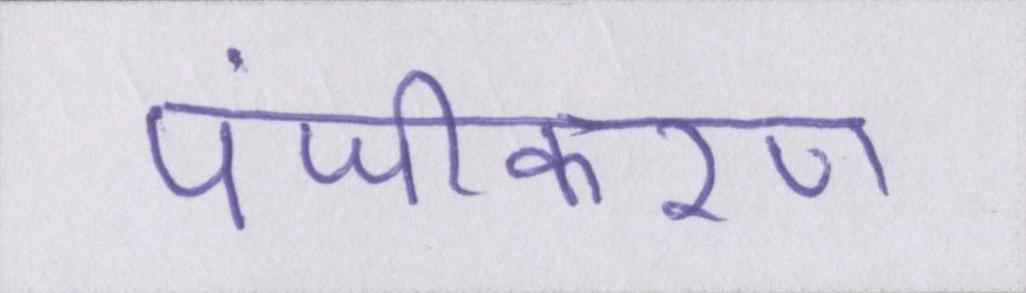
पंजीकरण